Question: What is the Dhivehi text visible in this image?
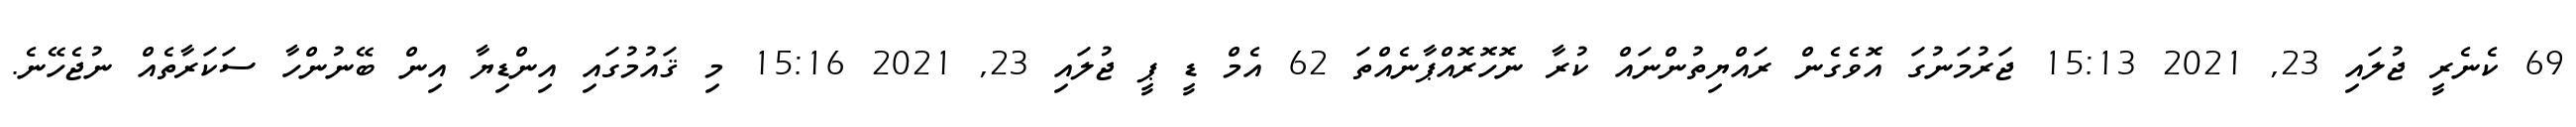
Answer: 69 ކެނެރީ ޖުލައި 23, 2021 15:13 ޖަރުމަނުގަ އޮވެގެން ރައްޔިތުންނައް ކުރާ ނޮހޮރޮއްޕާނެއްތަ 62 އެމް ޑީ ޕީ ޖުލައި 23, 2021 15:16 މި ޤައުމުގައި އިންޑިޔާ އިން ބޭނުންހާ ސަކަރާތެއް ނުޖެހޭނެ.